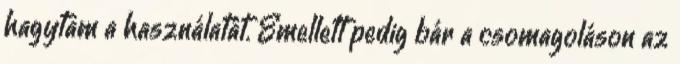
hagytam a használatát. Emellett pedig bár a csomagoláson az